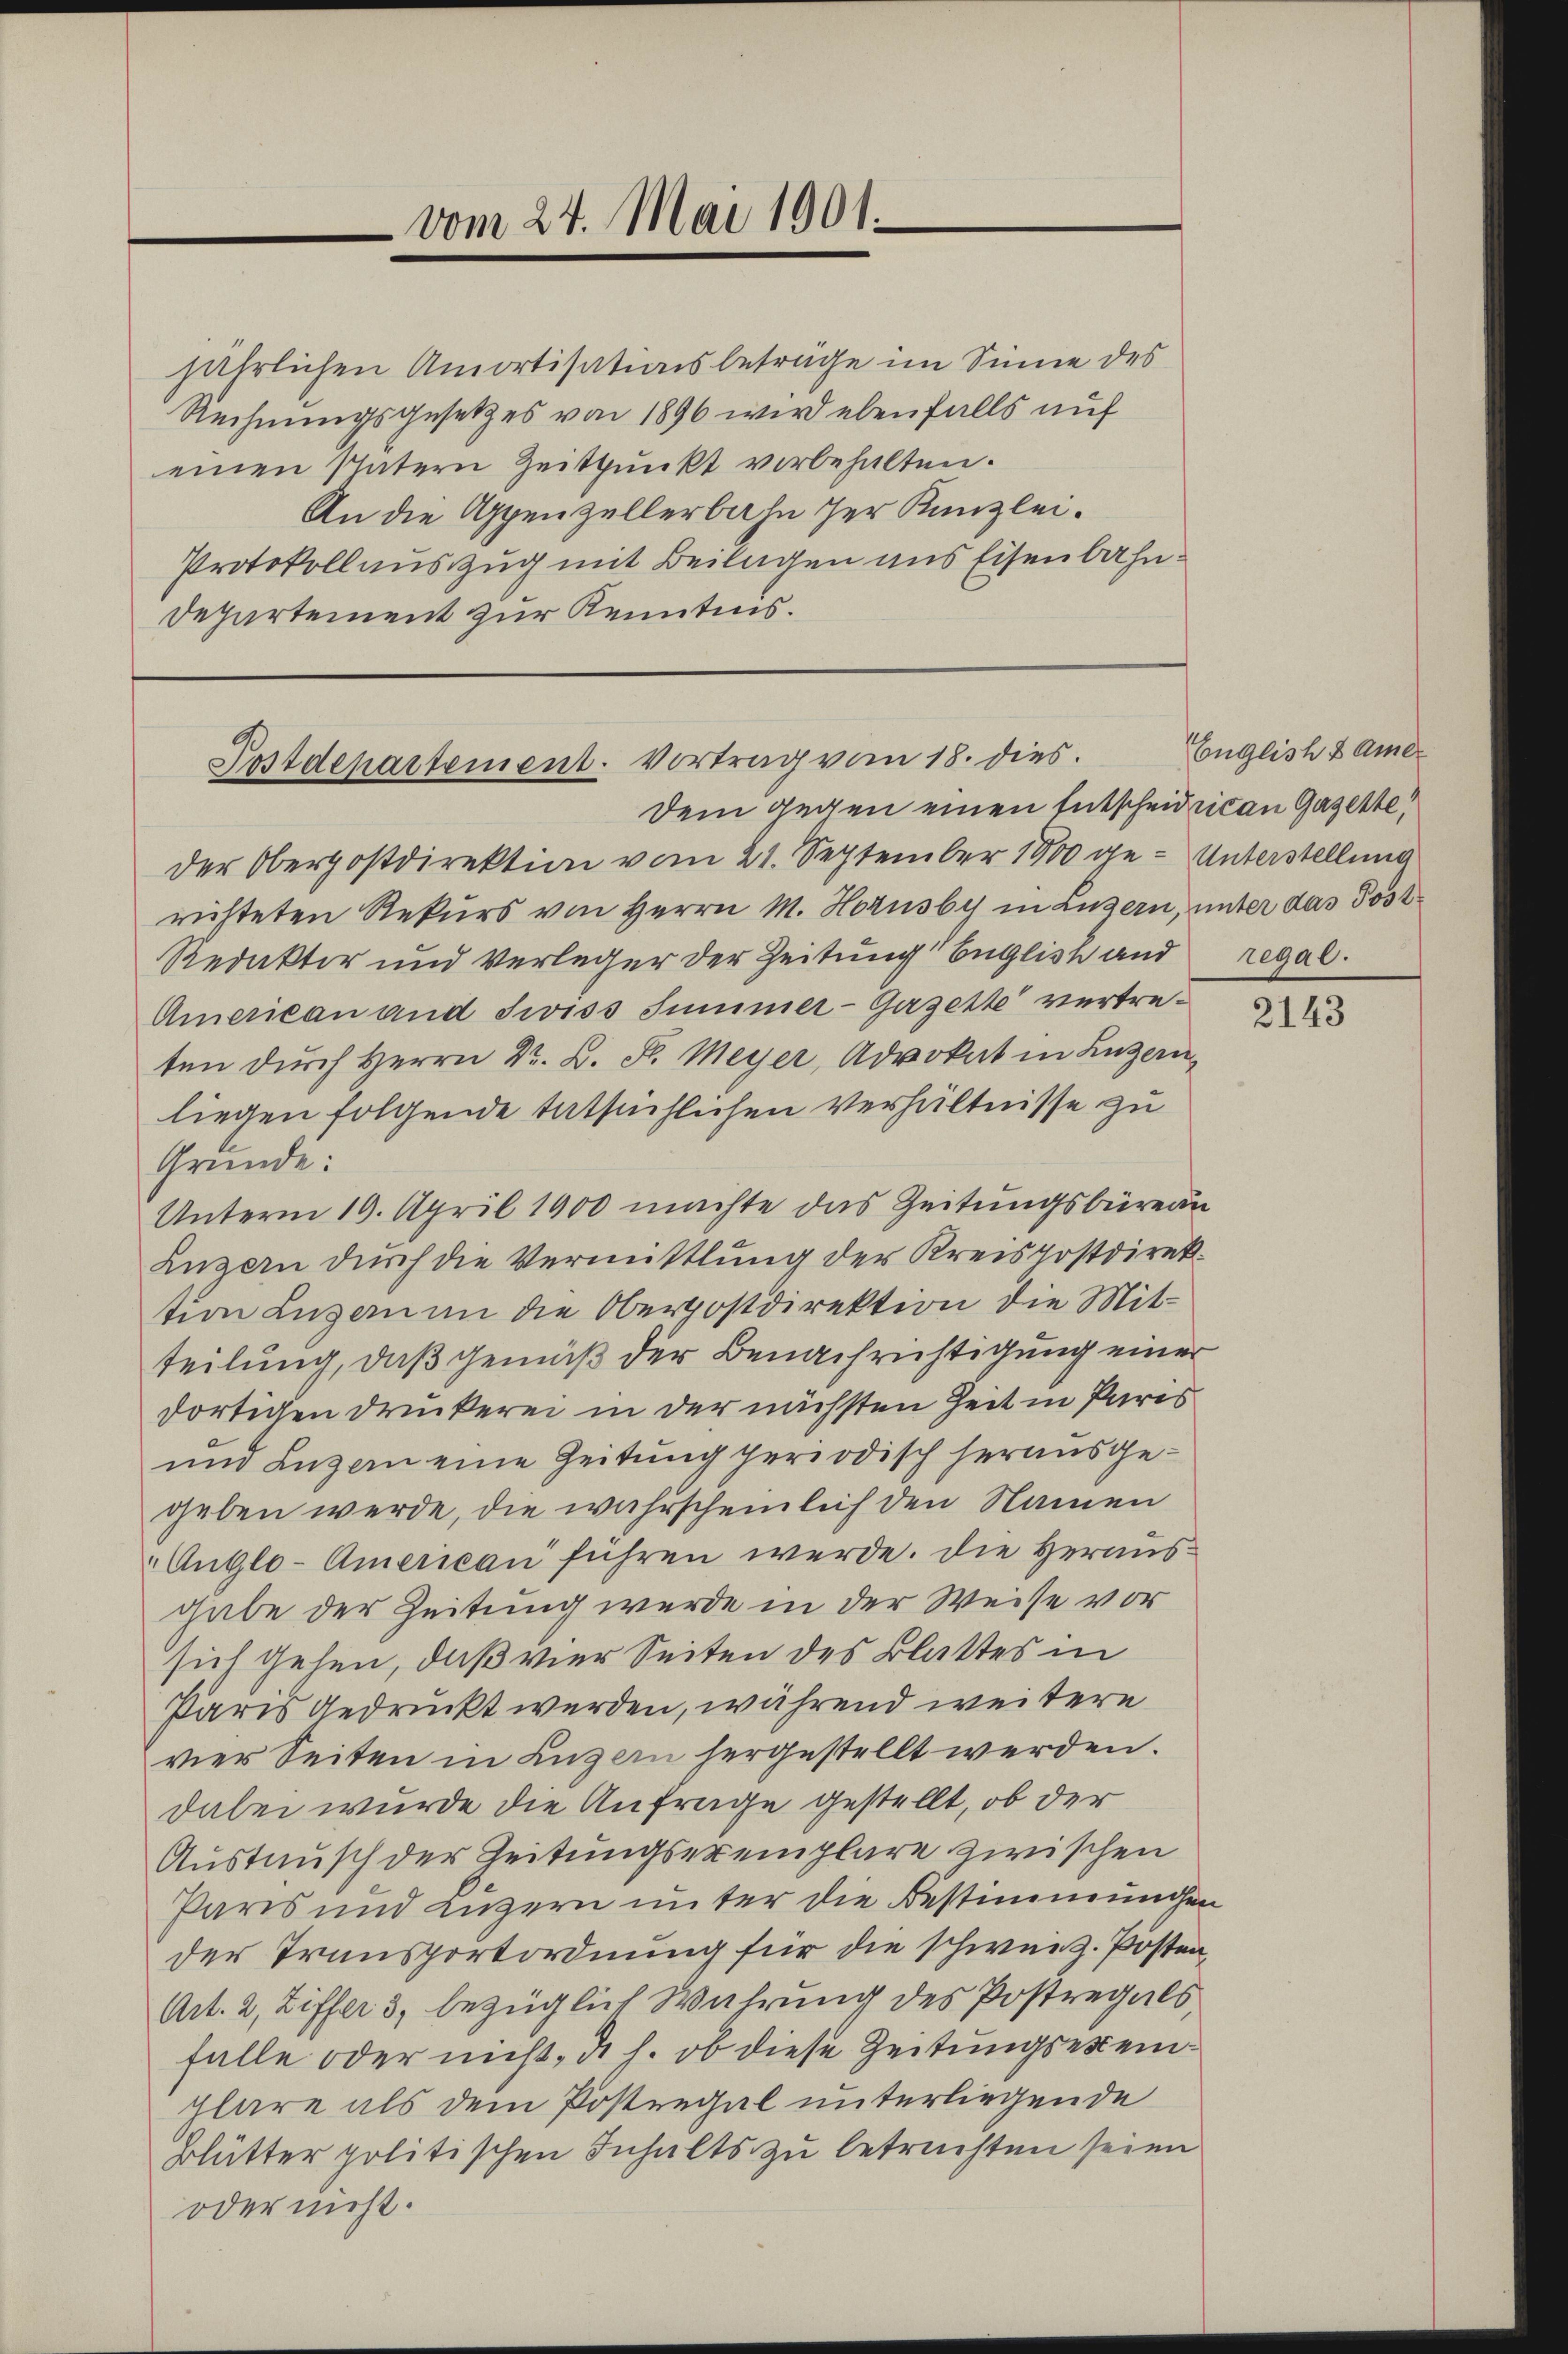
vom 24. Mai 1901.

jährlichen Amortisationsbeträge im Sinne des
Rechnungsgesetzes von 1896 wird ebenfalls auf
einen Vatern Zeitpunkt vorbehalten.
An die Appenzellerbahn der Kanzlei.
Protokoll auszug mit Beilagen ans Eisenbahn¬
Departement zur Kenntnis.

Postdepartement. Vortrag vom 18. dies
Dem gegen einen Entscheidecan Gazette,

der Oberpostdirektion vom 21. September 1900 ge-Unterstellung
richteten Rekurs von Herrn M. Hornsby in Luzern, unter das Post¬
Redakter und Verleger der Zeitung Englist and
American und Swiss Summer-Gazette vertreten dŭrch Herrn Dr. L. St. Meyer, Advokat in Luzern,
liegen folgende tatsächlichen Verhältnisse zu
Grunde:
Unterm 19. April 1900 machte das Zeitungsbüreau
Luzern durch die Vermittlung der Kreispostdirektion Luzern an die Oberpostdirektion die Mitteilung, daß gemäß der Benachrichtigung einer
dortigen Druckerei in der nächsten Zeit in Paris
und Luzern eine Zeitung periodisch herausgegeben werde, die wahrscheinlich den Namen
Auglo-American führen werde. Die Herausgabe der Zeitung wurde in der Weise vor
sich gehen, daß vier Seiten des Blattes in
Paris gedruckt werden, während weitere
vier Seiten in Luzern hergestellt werden.
dabei wurde die Anfrage gestellt, ob der
Austausch der Zeitungseremplare zwischen
Paris und Luzern unter die Bestimmungen
der Transportordnung für die schweiz. Posten,
Art. 2, Ziffer 3, bezüglich Wahrung des Postregals,
falle oder nicht, d. h. ob diese Zeitungsexemplare als dem Postregal unterliegende
Blütter politischen Inhalts zu betrachten seien
oder nicht.

Englisch 2 Amer
regal.

2143